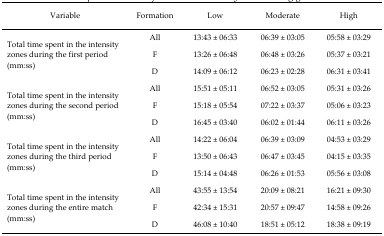
<table><thead><tr><td><b>Variable</b></td><td><b>Formation</b></td><td><b>Low</b></td><td><b>Moderate</b></td><td><b>High</b></td></tr></thead><tbody><tr><td rowspan="3">Total time spent in the intensity zones during the first period (mm:ss)</td><td>All</td><td>13:43 ± 06:33</td><td>06:39 ± 03:05</td><td>05:58 ± 03:29</td></tr><tr><td>F</td><td>13:26 ± 06:48</td><td>06:48 ± 03:26</td><td>05:37 ± 03:21</td></tr><tr><td>D</td><td>14:09 ± 06:12</td><td>06:23 ± 02:28</td><td>06:31 ± 03:41</td></tr><tr><td rowspan="3">Total time spent in the intensity zones during the second period (mm:ss)</td><td>All</td><td>15:51 ± 05:11</td><td>06:52 ± 03:05</td><td>05:31 ± 03:26</td></tr><tr><td>F</td><td>15:18 ± 05:54</td><td>07:22 ± 03:37</td><td>05:06 ± 03:23</td></tr><tr><td>D</td><td>16:45 ± 03:40</td><td>06:02 ± 01:44</td><td>06:11 ± 03:26</td></tr><tr><td rowspan="3">Total time spent in the intensity zones during the third period (mm:ss)</td><td>All</td><td>14:22 ± 06:04</td><td>06:39 ± 03:09</td><td>04:53 ± 03:29</td></tr><tr><td>F</td><td>13:50 ± 06:43</td><td>06:47 ± 03:45</td><td>04:15 ± 03:35</td></tr><tr><td>D</td><td>15:14 ± 04:48</td><td>06:26 ± 01:53</td><td>05:56 ± 03:08</td></tr><tr><td rowspan="3">Total time spent in the intensity zones during the entire match (mm:ss)</td><td>All</td><td>43:55 ± 13:54</td><td>20:09 ± 08:21</td><td>16:21 ± 09:30</td></tr><tr><td>F</td><td>42:34 ± 15:31</td><td>20:57 ± 09:47</td><td>14:58 ± 09:26</td></tr><tr><td>D</td><td>46:08 ± 10:40</td><td>18:51 ± 05:12</td><td>18:38 ± 09:19</td></tr></tbody></table>